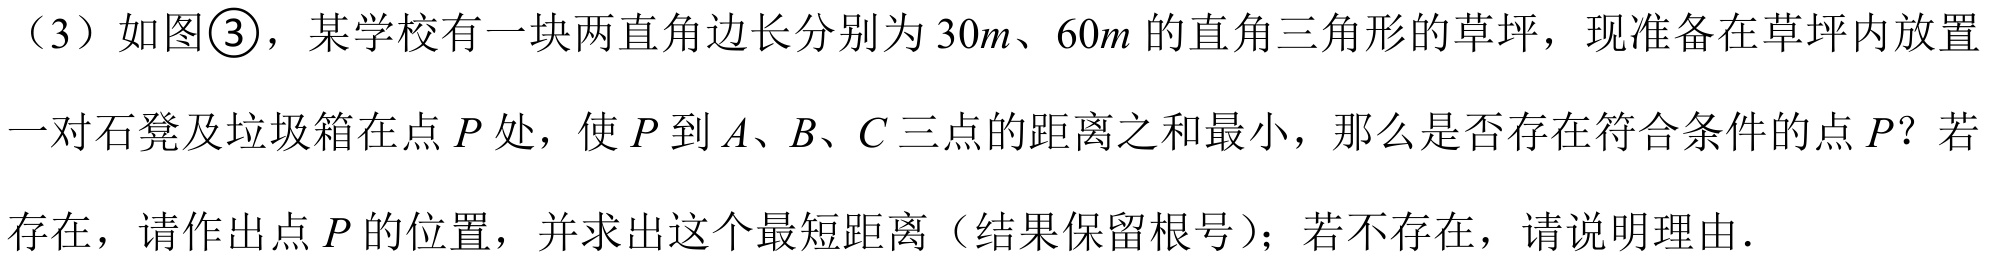
（3）如图\textcircled{3}，某学校有一块两直角边长分别为\(30m\)、\(60m\)的直角三角形的草坪，现准备在草坪内放置一对石凳及垃圾箱在点 \(P\)处，使 \(P\)到 \(A\)、\(B\)、\(C\)三点的距离之和最小，那么是否存在符合条件的点 \(P\)？若存在，请作出点 \(P\)的位置，并求出这个最短距离（结果保留根号）；若不存在，请说明理由．